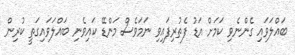
ބައްލަވައި ގެންނެވި ކަމަށް އަޑު ފެތުރިފައިވި ނަމަވެސް މަންޑޭ ކައިވެނި ބައްލަވައިގަތީ ކުރިން